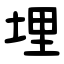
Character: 埋